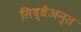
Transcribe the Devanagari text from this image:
सिद्धैअन्त